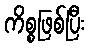
ကိစ္စဖြစ်ပြီး